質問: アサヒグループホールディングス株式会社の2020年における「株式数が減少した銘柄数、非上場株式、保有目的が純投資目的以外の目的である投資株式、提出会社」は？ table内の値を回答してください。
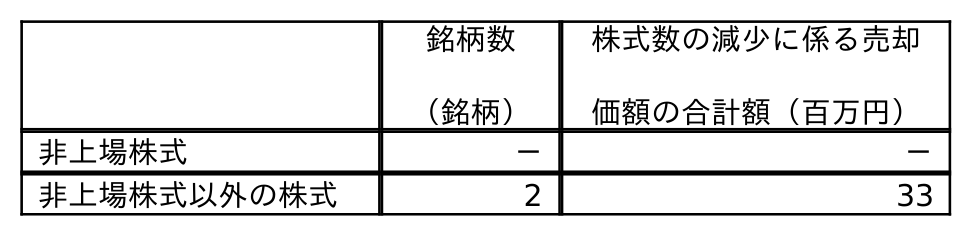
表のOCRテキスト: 銘柄数 （銘柄） 株式数の減少に係る売却 価額の合計額（百万円） 非上場株式 － － 非上場株式以外の株式 2 33
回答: －